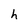
Character: h